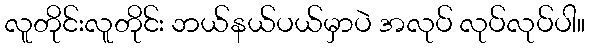
လူတိုင်းလူတိုင်း ဘယ်နယ်ပယ်မှာပဲ အလုပ် လုပ်လုပ်ပါ။